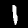
Label: 1